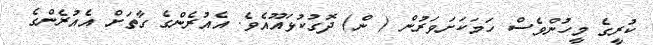
ކުރީގެ މީހުންވެސް ހަމަކަށަވަރުން ( ން) ދޮގުކުޅައޫއެވެ. އެއުރެންގެ ގާތަށް އެއުރެންގެ